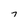
Character: T